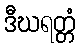
ဒီဃရတ္တံ